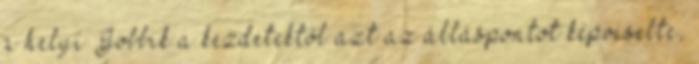
a helyi Jobbik a kezdetektől azt az álláspontot képviselte,